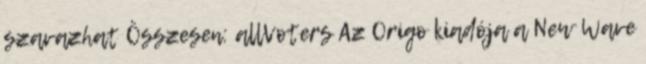
szavazhat Összesen: allVoters Az Origo kiadója a New Wave